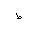
Letter: _da